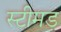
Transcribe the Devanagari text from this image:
स्टीमड